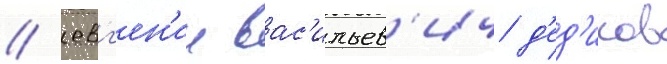
/ евг'ен'ии вас'ильев'ич д'ед'иков